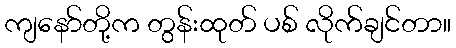
ကျနော်တို့က တွန်းထုတ် ပစ် လိုက်ချင်တာ။